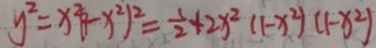
y ^ { 2 } = x ^ { 2 } ( 1 - x ^ { 2 } ) ^ { 2 } = \frac { 1 } { 2 } + 2 x ^ { 2 } ( 1 - x ^ { 2 } ) ( 1 - x ^ { 2 } )